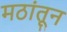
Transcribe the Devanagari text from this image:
मठांतून